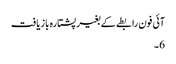
آئی فون رابطے کے بغیر پشتارہ بازیافت
6 ۔